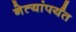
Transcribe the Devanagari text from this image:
नेत्यांपर्यंत